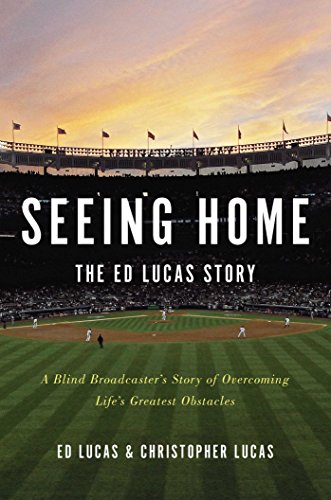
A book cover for Seeing Home: The Ed Lucas Story: A Blind Broadcaster's Story of Overcoming Life's Greatest Obstacles; Ed Lucas; Biographies & Memoirs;